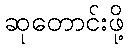
ဆုတောင်းဖို့